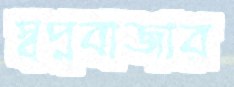
স্বপ্নবাজার